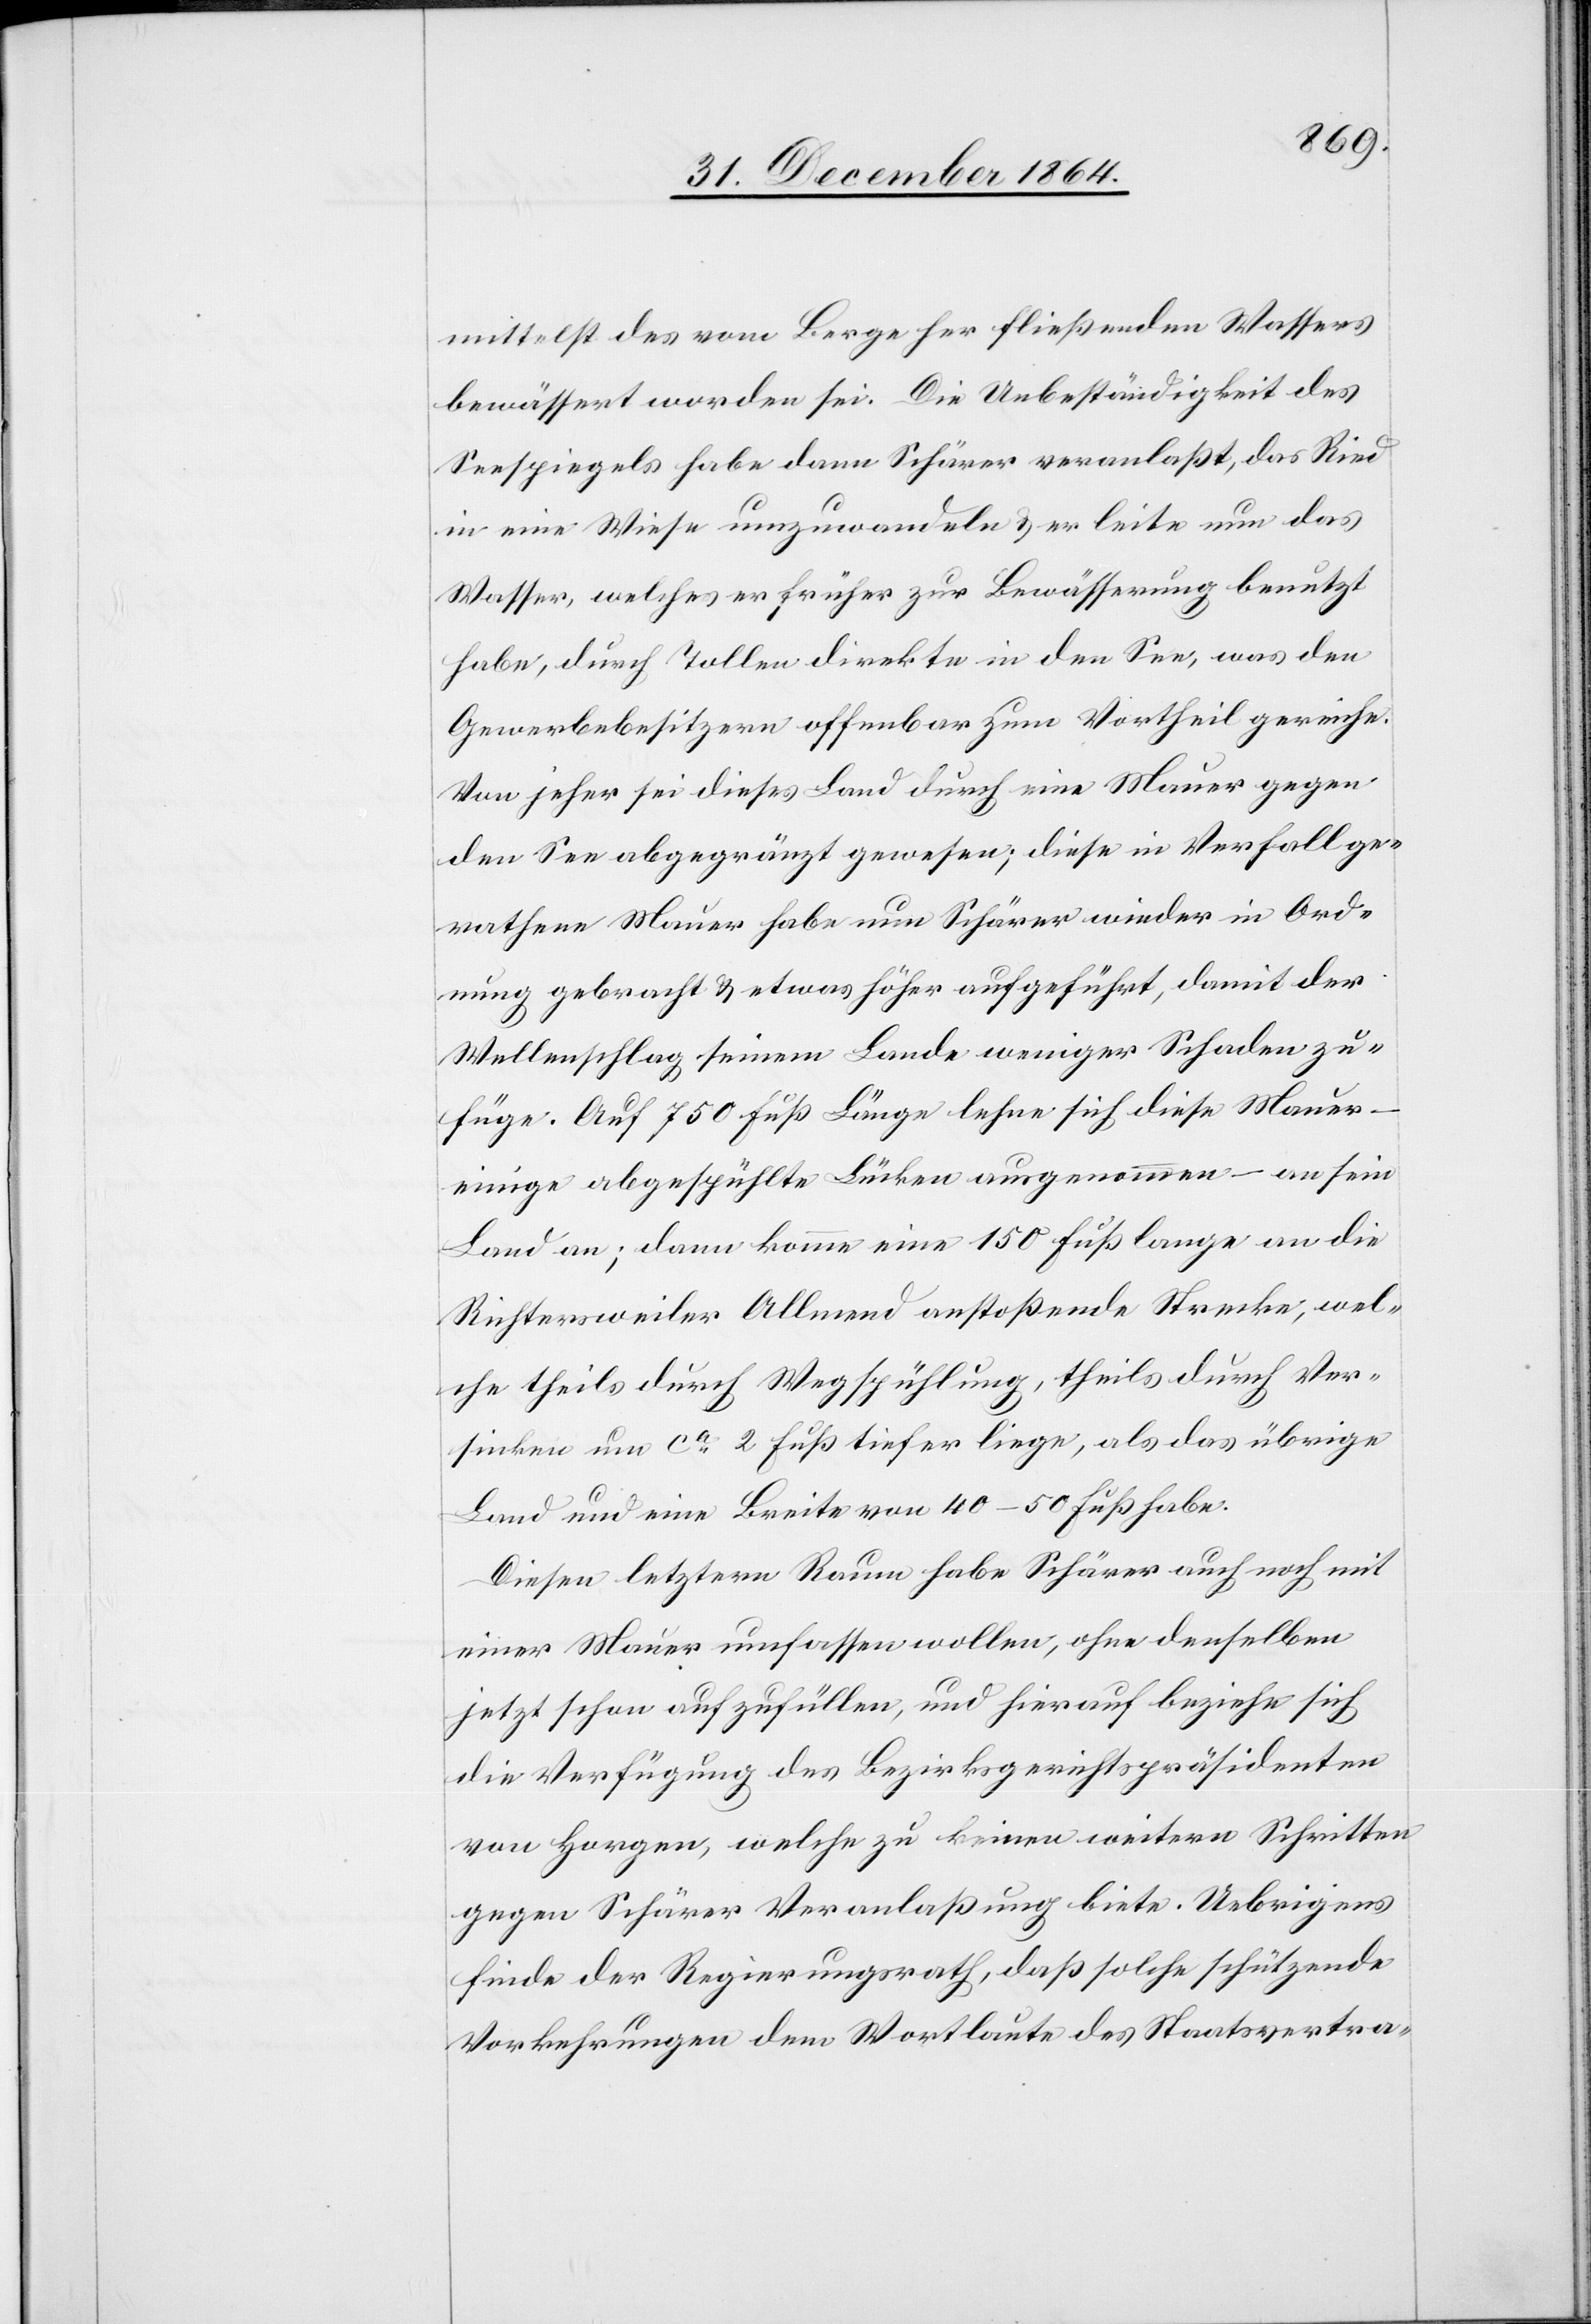
mittelst des vom Berge her fließenden Wassers
bewässert worden sei. Die Unbeständigkeit des
Seespiegels habe dann Schärer veranlaßt, das Ried
in eine Wiese umzuwandeln & er leite nun das
Wasser, welches er früher zur Bewässerung benutzt
habe, durch Tollen direkte in den See, was den
Gewerbebesitzern offenbar zum Vortheil gereiche.
Von jeher sei dieses Land durch eine Mauer gegen
den See abgegränzt gewesen; diese im Verfall ge¬
rathene Mauer habe nun Schärer wieder in Ord¬
nung gebracht & etwas höher aufgeführt, damit der
Wellenschlag seinem Lande weniger Schaden zu¬
füge. Auf 750 Fuß Länge lehne sich diese Mauer –
einige abgespülte Lücken ausgenommen – an sein
Land an; dann komme eine 150 Fuß lange an die
Richtersweiler Allmend anstoßende Strecke, wel¬
che theils durch Wegspühlung, theils durch Ver¬
sinken um ca 2 Fuß tiefer liege, als das übrige
Land und eine Breite von 40–50 Fuß habe.
Diesen letztern Raum habe Schärer auch noch mit
die Verfügung des Bezirksgerichtspräsidenten
von Horgen, welche zu keinen weitern Schritten
gegen Schärer Veranlaßung biete. Uebrigens
finde der Regierungsrath, daß solche schützende
Vorkehrungen dem Wortlaute des Staatsvertra-